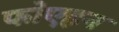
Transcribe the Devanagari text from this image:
फोएहन